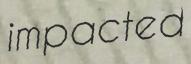
impacted